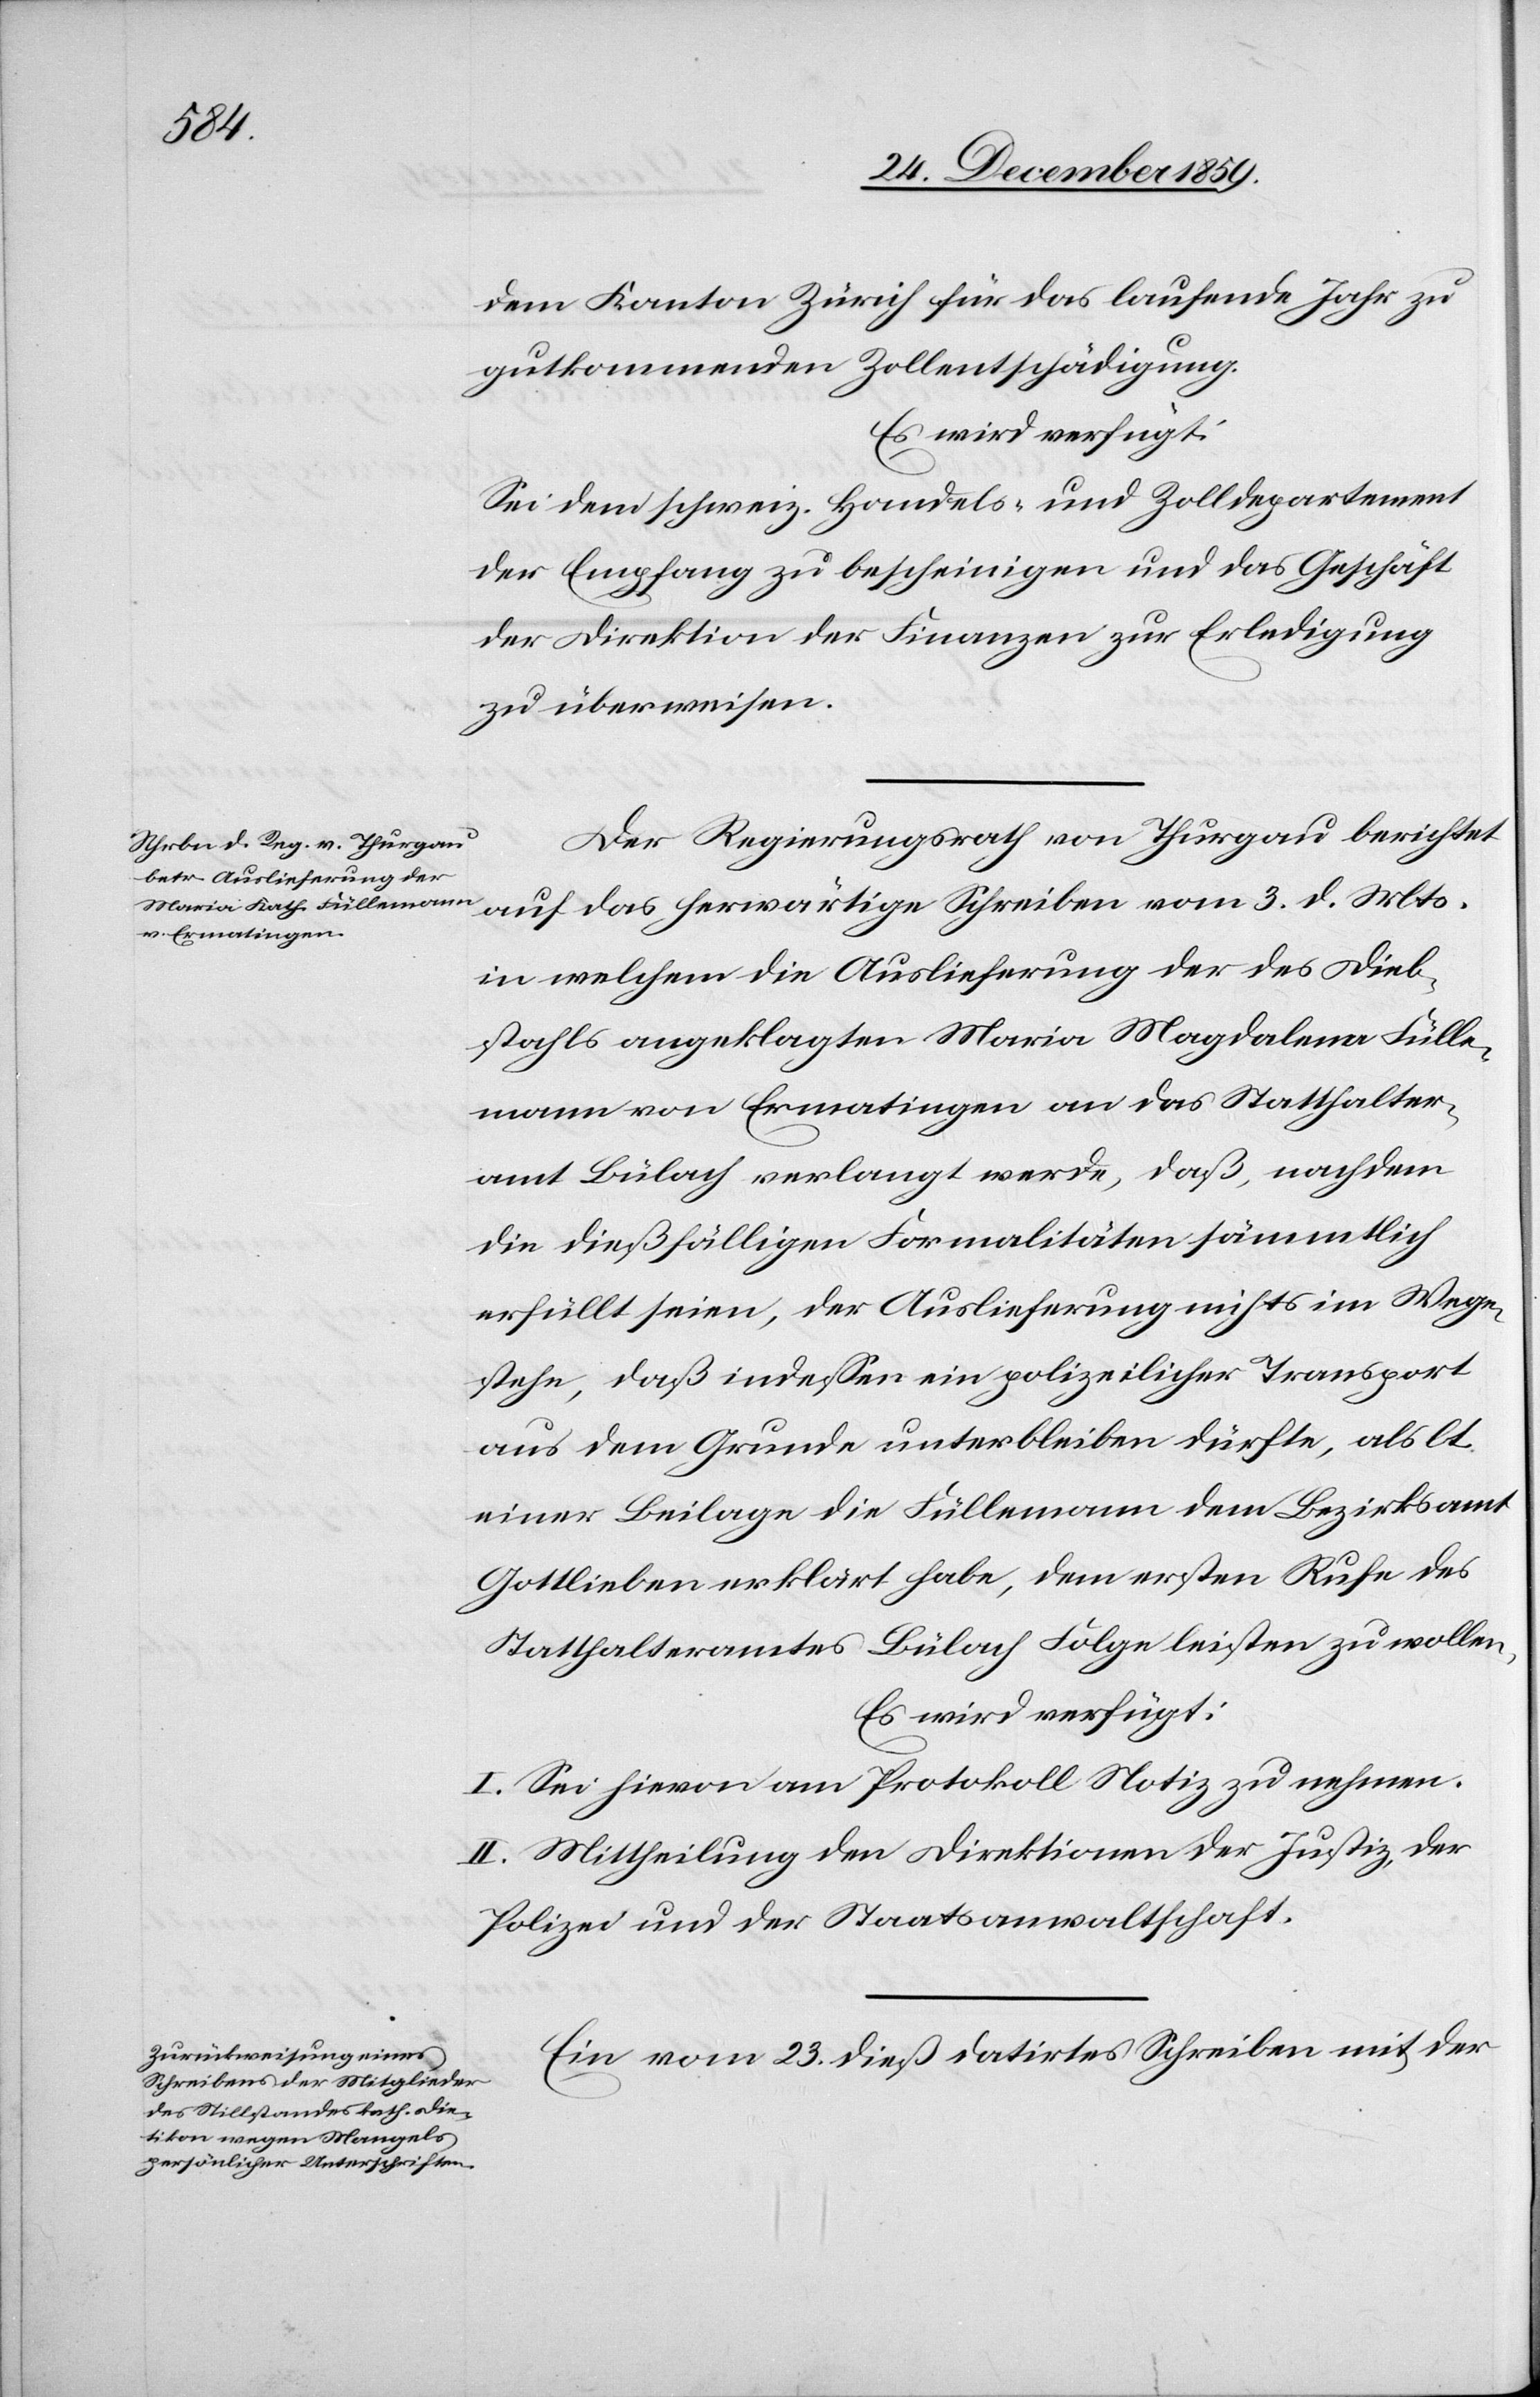
dem Kanton Zürich für das laufende Jahr zu
gutkommenden Zollentschädigung.
Es wird verfügt:
Sei dem schweiz. Handels- und Zolldepartement
der Empfang zu bescheinigen und das Geschäft
der Direktion der Finanzen zur Erledigung
zu überweisen.
Der Regierungsrath von Thurgau berichtet
auf das herwärtige Schreiben vom 3. d. Mts.
in welchem die Auslieferung der des Dieb¬
stahls angeklagten Maria Magdalena [sic!] Fülle¬
mann von Ermatingen an das Statthalter¬
amt Bülach verlangt werde, daß, nachdem
die dießfälligen Formalitäten sämmtlich
erfüllt seien, der Auslieferung nichts im Wege
stehe, daß indessen ein polizeilicher Transport
aus dem Grunde unterbleiben dürfte, als lt.
einer Beilage die Füllemann dem Bezirksamt
Gottlieben erklärt habe, dem ersten Rufe des
Statthalteramtes Bülach Folge leisten zu wollen.
Es wird verfügt:
I. Sei hievon am Protokoll Notiz zu nehmen.
II. Mittheilung den Direktionen der Justiz, der
Polizei und der Staatsanwaltschaft.
Ein vom 23. dieß datirtes Schreiben mit der